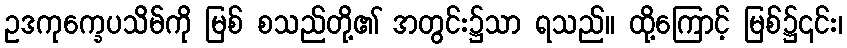
ဥဒကုက္ခေပသိမ်ကို မြစ် စသည်တို့၏ အတွင်း၌သာ ရသည်။ ထို့ကြောင့် မြစ်၌၎င်း၊